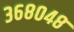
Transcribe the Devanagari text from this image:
३६८०४८